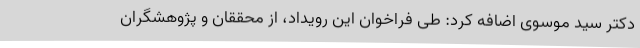
دکتر سید موسوی اضافه کرد: طی فراخوان این رویداد، از محققان و پژوهشگران